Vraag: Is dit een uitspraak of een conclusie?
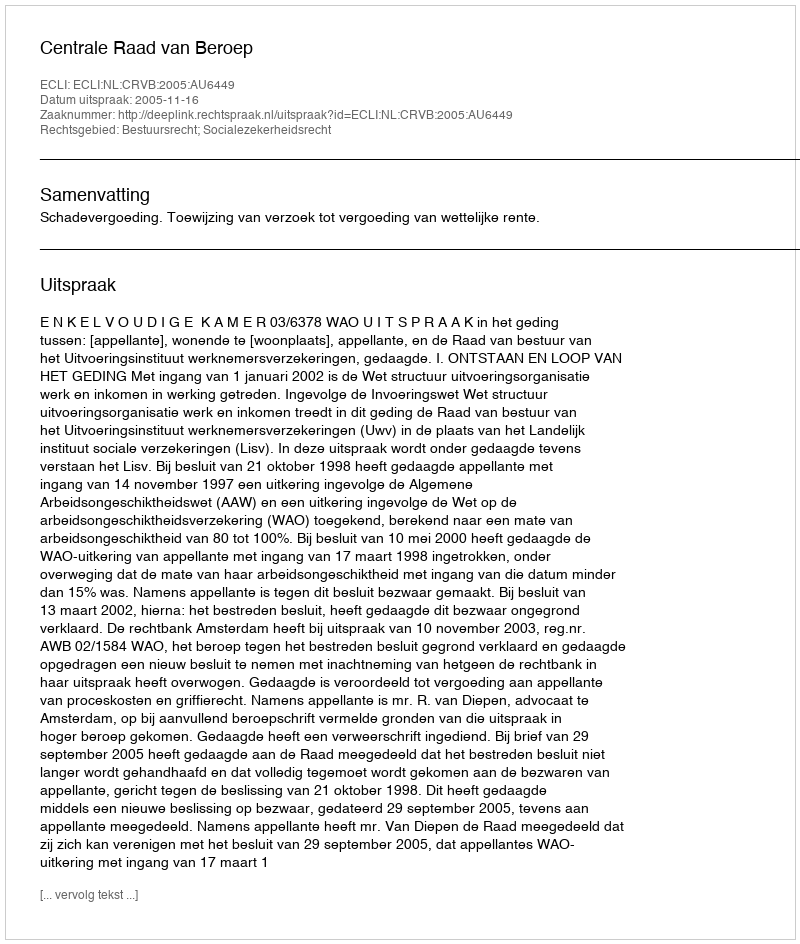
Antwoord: Uitspraak